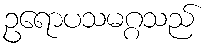
ဥရောပသမဂ္ဂသည်